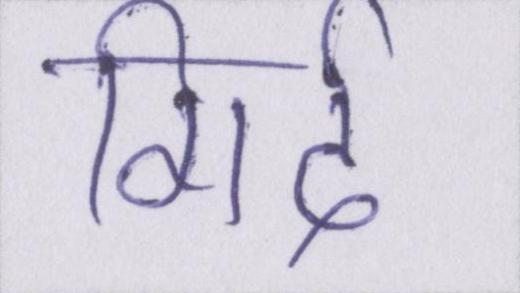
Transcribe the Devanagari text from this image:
गिर्द